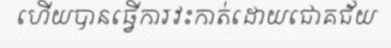
ហើយបានធ្វើការវះកាត់ដោយជោគជ័យ